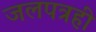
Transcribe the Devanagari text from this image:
जलपत्रही